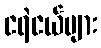
ငရဲငယ်များ